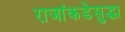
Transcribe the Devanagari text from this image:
राजांकडेसुद्धा